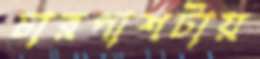
চারপাশটায়